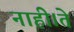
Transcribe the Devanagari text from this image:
नाही।ते